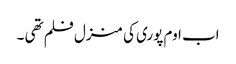
اب اوم پوری کی منزل فلم تھی ۔